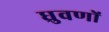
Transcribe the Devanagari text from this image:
ध्रुवणों